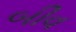
બીવ